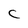
Character: C